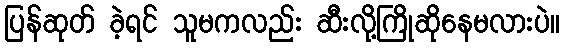
ပြန်ဆုတ် ခဲ့ရင် သူမကလည်း ဆီးလို့ကြိုဆိုနေမလားပဲ။